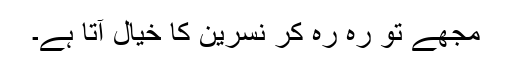
مجھے تو رہ رہ کر نسرین کا خیال آتا ہے۔